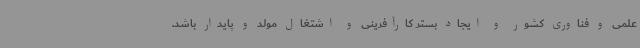
علمی و فناوری کشور و ایجاد بستر کارآفرینی و اشتغال مولد و پایدار باشد.